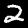
Digit: 2